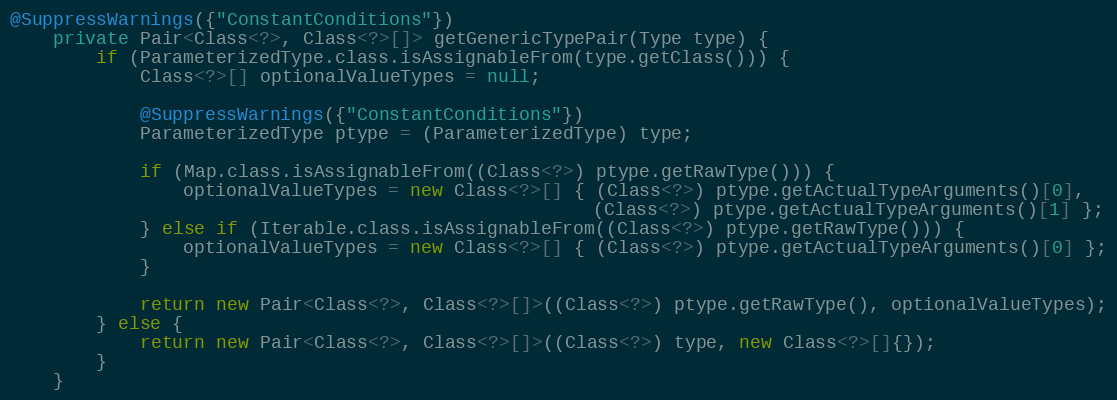
Language: Java
@SuppressWarnings({"ConstantConditions"})
    private Pair<Class<?>, Class<?>[]> getGenericTypePair(Type type) {
        if (ParameterizedType.class.isAssignableFrom(type.getClass())) {
            Class<?>[] optionalValueTypes = null;

            @SuppressWarnings({"ConstantConditions"})
            ParameterizedType ptype = (ParameterizedType) type;

            if (Map.class.isAssignableFrom((Class<?>) ptype.getRawType())) {
                optionalValueTypes = new Class<?>[] { (Class<?>) ptype.getActualTypeArguments()[0],
                                                      (Class<?>) ptype.getActualTypeArguments()[1] };
            } else if (Iterable.class.isAssignableFrom((Class<?>) ptype.getRawType())) {
                optionalValueTypes = new Class<?>[] { (Class<?>) ptype.getActualTypeArguments()[0] };
            }

            return new Pair<Class<?>, Class<?>[]>((Class<?>) ptype.getRawType(), optionalValueTypes);
        } else {
            return new Pair<Class<?>, Class<?>[]>((Class<?>) type, new Class<?>[]{});
        }
    }